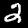
Digit: 2